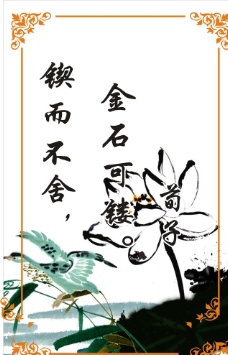
锲而舍之，朽木不折锲而不舍，金石可镂。